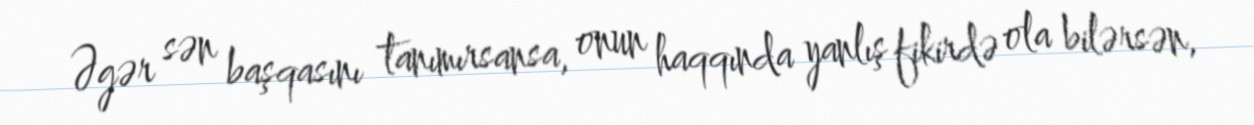
Əgər sən başqasını tanımırsansa, onun haqqında yanlış fikirdə ola bilərsən,